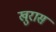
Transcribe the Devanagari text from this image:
खुरास